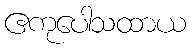
ဧကုပေါသထာယ